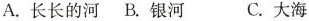
A.长长的河 B.银河 C.大海